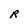
Character: R